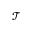
\mathcal T